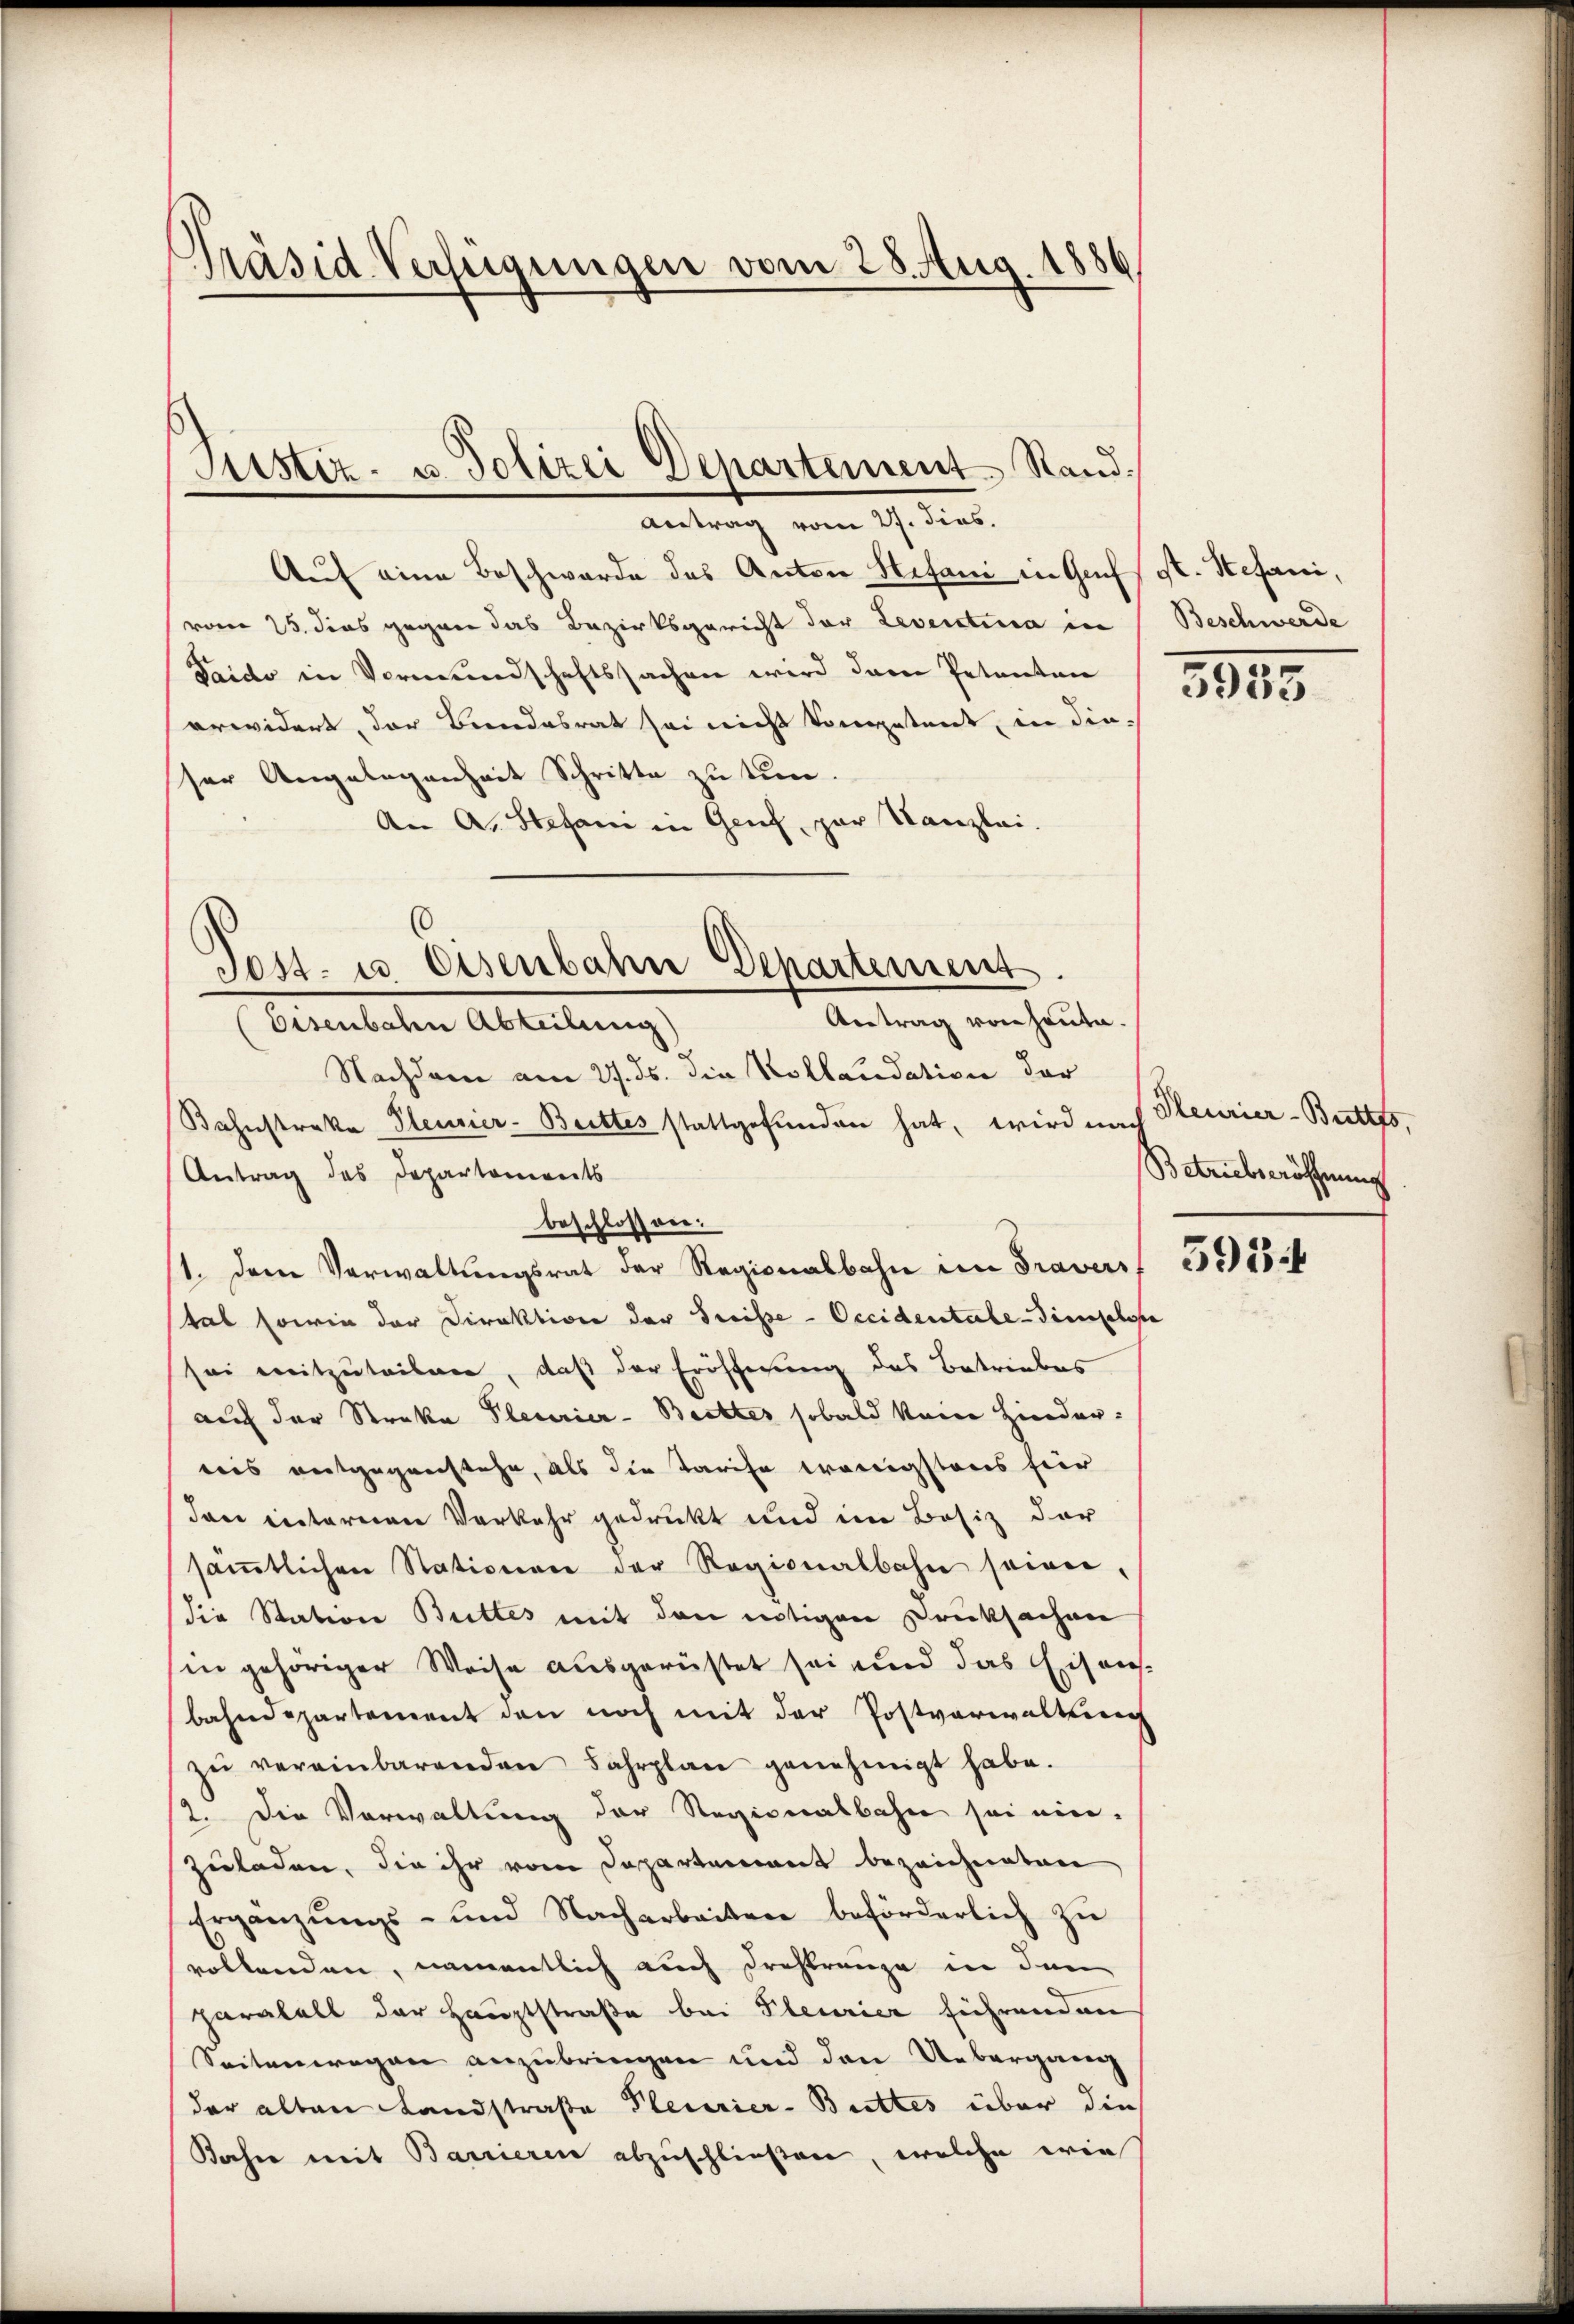
Präsid-Verfügungen vom 28. Aug. 1886

Antrag vom 27. dies.
Auf eine Beschwerde des Anton Stefani in Genf st. Stefani,
vom 25. dies gegen das Bezirksgericht der Leventina in
Taido in Vermundschaftssachen wird dann Petenten
erwidert, der Bundesrat sei nicht kompetent, in die-
ser Angelegenheit Schritte zu tun.
An A. Stefani in Genf, par Kanzlei.

Justiz- u. Polizei Departement Stand.

Tost- u Eisenbahn Departement
Antrag von heute.
Eisenbahn Abteilung)

Beschwerde
3183

Nachdem am 27. ds. die Kollaudation der
Kahnstrakte Pensier-Brettes stattgefunden hat, wird nach Heurier-Buttts¬
Antrag des Departonirets
beschlossen:
1. dem Verwaltungsrat der Regionalbahn im Graver 5525
tal sowie der Direktion der Preisse - Occidentale-Finslose
sei mitzuteilen, daß der Eröffnung des Betriebes
auf der Straka Pleurier-Bretter sobald kein Hinderreis entgegenstehe, als die Tarife wenigstens für
dan entareren Verkehr gedruckt und im Besiz der
säṁtlichen Stationen der Regionalbahn seien,
die Station Buttes mit den nötigen Drucksachen
in gehöriger Weise ausgerüstet sei und das Eisens
bahndepartement den noch mit der Postverwaltung
zŭ vereinbarenden Fahrplan genehmigt habe.
2. Die Verwaltung der Regionalbahn sei ein-
zuladen, die ihr vom Departement bezeichneten
Ergänzŭngs- und Nacharbeiten beförderlich zŭ
vollenden, namentlich auch Drahtrauze in den
paralell der Hauptstraße bei Pleurier führenden
Seitenwegen anzubringen und den Uebergang
der alten Landstraße Plecerier-Buttes über die
Daher mit Barrieren abzuschließen, welche wie

Betriebseröffnung